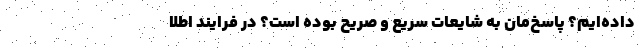
داده‌ایم؟ پاسخ‌مان به شایعات سریع و صریح بوده است؟ در فرایند اطلا